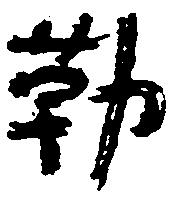
勒